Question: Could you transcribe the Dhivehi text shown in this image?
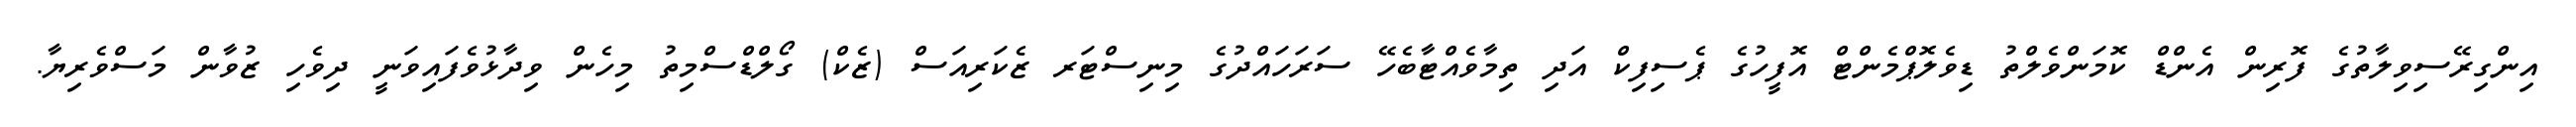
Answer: އިންގިރޭސިވިލާތުގެ ފޮރިން އެންޑް ކޮމަންވެލްތު ޑިވެލޮޕްމެންޓް އޮފީހުގެ ޕެސިފިކް އަދި ތިމާވެއްޓާބެހޭ ސަރަހައްދުގެ މިނިސްޓަރ ޒެކަރިއަސް (ޒެކް) ގޯލްޑްސްމިތު މިހެން ވިދާޅުވެފައިވަނީ ދިވެހި ޒުވާން މަސްވެރިޔާ.